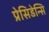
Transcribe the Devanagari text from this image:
प्रेसिडेन्सि